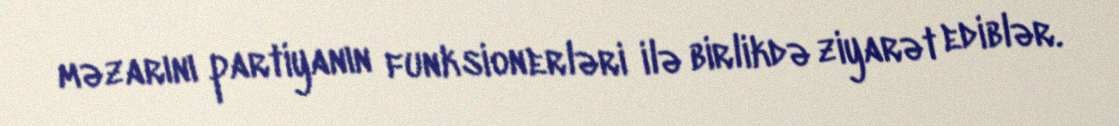
məzarını partiyanın funksionerləri ilə birlikdə ziyarət ediblər.